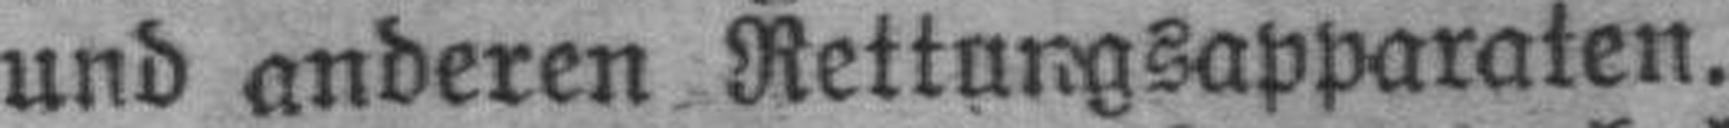
und anderen Rettungsapparaten.